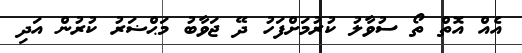
އެއް އޮތް ތޯ ސުވާލު ކުރުމަށްފަހު ދޭ ޖަވާބު މަޙްޟަރު ކުރުން އަދި